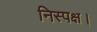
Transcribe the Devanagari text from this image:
निस्पक्ष।